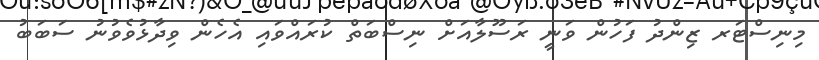
މިނިސްޓަރ ޒިންދު ފަހުން ވަނީ ރަސޫލާއަށް ނިސްބަތް ކުރައްވައި އެހެން ވިދާޅުވެވުނު ސަބަބު